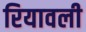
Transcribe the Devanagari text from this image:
रियावली